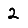
Digit: 2